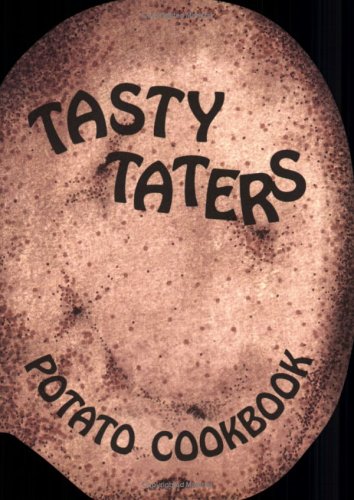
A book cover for Tasty Taters; Judith Bosley; Cookbooks, Food & Wine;